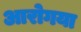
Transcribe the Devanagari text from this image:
आरोगया